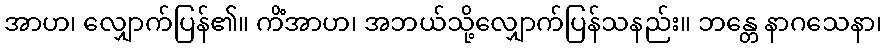
အာဟ၊ လျှောက်ပြန်၏။ ကိံအာဟ၊ အဘယ်သို့လျှောက်ပြန်သနည်း။ ဘန္တေ နာဂသေနာ၊